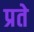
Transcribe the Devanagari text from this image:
प्रते